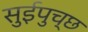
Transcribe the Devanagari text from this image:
सुईपुच्छ